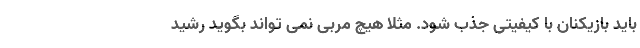
باید بازیکنان با کیفیتی جذب شود. مثلا هیچ مربی نمی تواند بگوید رشید